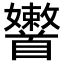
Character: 𩠶